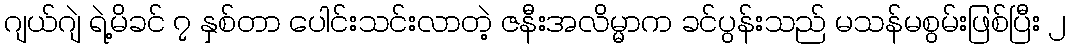
ဂျယ်ဂျဲ ရဲ့မိခင် ၇ နှစ်တာ ပေါင်းသင်းလာတဲ့ ဇနီးအလိမ္မာက ခင်ပွန်းသည် မသန်မစွမ်းဖြစ်ပြီး ၂